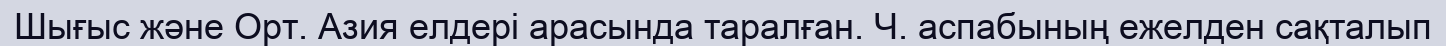
Шығыс және Орт. Азия елдері арасында таралған. Ч. аспабының ежелден сақталып